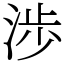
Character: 渉